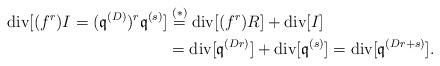
LaTeX: \begin{align*}\mbox{div} [(f^r)I = (\mathfrak{q}^{(D)})^r \mathfrak{q}^{(s)}] &\stackrel{(*)}{=} \mbox{div}[(f^r)R ] + \mbox{div}[I] \\&= \mbox{div} [\mathfrak{q}^{(Dr)}] + \mbox{div} [\mathfrak{q}^{(s)}] = \mbox{div} [\mathfrak{q}^{(Dr + s)}].\end{align*}